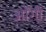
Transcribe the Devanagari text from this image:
ओंगी